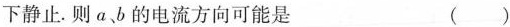
下静止。则a、b的电流方向可能是 ( )